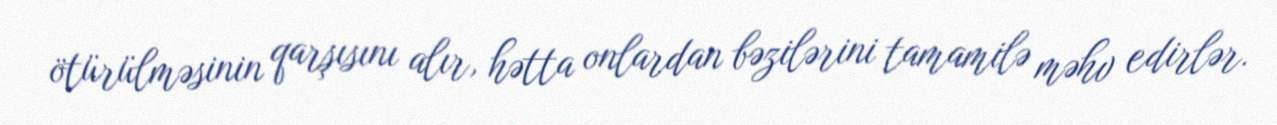
ötürülməsinin qarşısını alır, hətta onlardan bəzilərini tamamilə məhv edirlər.